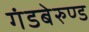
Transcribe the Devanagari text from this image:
गंडबेरुण्ड